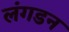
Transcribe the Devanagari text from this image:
लंगडन